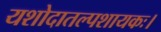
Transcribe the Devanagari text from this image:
यशोदातल्पशायकः।